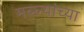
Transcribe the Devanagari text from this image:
मल्ल्यांच्या